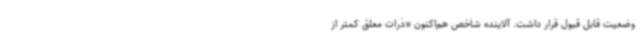
وضعیت قابل قبول قرار داشت. آلاینده شاخص هم‌اکنون «ذرات معلق کمتر از